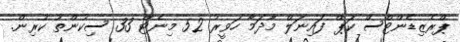
ޕްރެޒިޑެންޓްސް ކަޕް ފައިނަލް މާދަމާ ހަވީރު 52 މިނެޓް 33 ސިކުންތު ކުރިން.